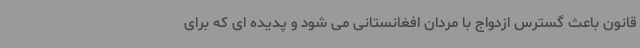
قانون باعث گسترس ازدواج با مردان افغانستانی می شود و پدیده ای که برای